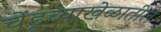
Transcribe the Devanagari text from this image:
चेंडूच्याखेळातील